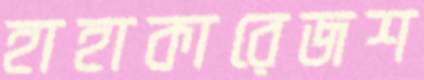
হাহাকারেজশ